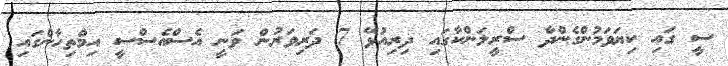
ސީ ގައި ކިޔަވަމުންގެންދާ ސްރީލަންކާގައި ދިރިއުޅޭ 7 ދަރިވަރުން ވަނީ އެސްއެސްސީ އިމްތިހާންގައި